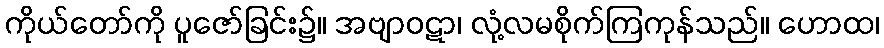
ကိုယ်တော်ကို ပူဇော်ခြင်း၌။ အဗျာဝဋာ၊ လုံ့လမစိုက်ကြကုန်သည်။ ဟောထ၊